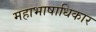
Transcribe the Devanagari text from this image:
महाभाषाधिकार